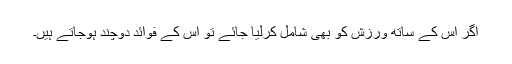
اگر اس کے ساتھ ورزش کو بھی شامل کرلیا جائے تو اس کے فوائد دوچند ہوجاتے ہیں۔